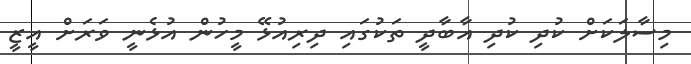
މިސާލަކަށް ކުދި ކުދި އާބާދީ ތަކުގައި ދިިރިއުޅޭ މީހުން އުޅެނީ ވަރަށް އީޒީ